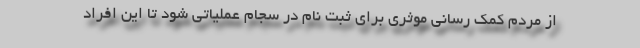
از مردم کمک رسانی موثری برای ثبت نام در سجام عملیاتی شود تا این افراد